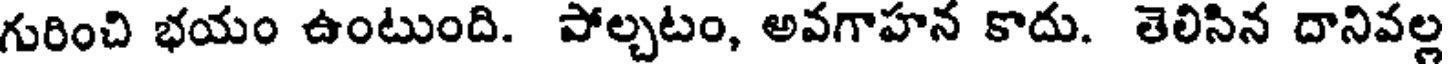
గురించి భయం ఉంటుంది. పోల్చటం, అవగాహన కాదు. తెలిసిన దానివల్ల